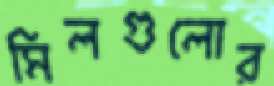
মিলগুলোর